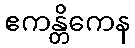
ဧကန္တိကေန